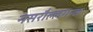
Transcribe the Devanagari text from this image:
नसरौल्लगन्ज